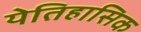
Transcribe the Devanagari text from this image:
येतिहासिक